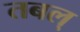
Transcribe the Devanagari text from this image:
तबल्